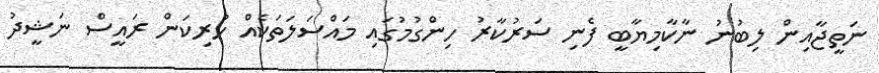
ނަތީޖާއިން ލިބުނު ނާކާމިޔާބީ ފެނި ސަރުކާރު ހިންގުމުގައި މައްސަަލަތަކެއް ހުރިކަން ރައީސް ނަޝީދު